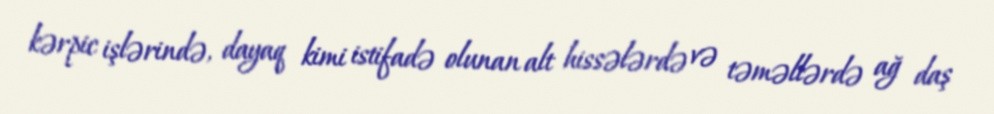
kərpic işlərində, dayaq kimi istifadə olunan alt hissələrdə və təməllərdə ağ daş